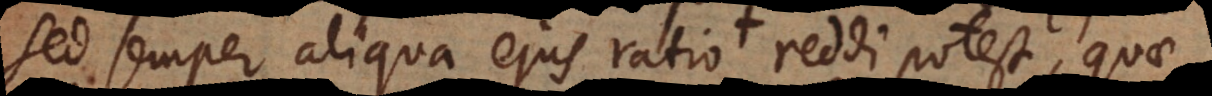
sed semper aliqua ejus ratio reddi potest, quae